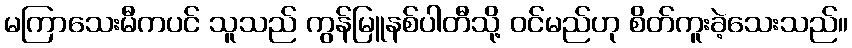
မကြာသေးမီကပင် သူသည် ကွန်မြူနစ်ပါတီသို့ ဝင်မည်ဟု စိတ်ကူးခဲ့သေးသည်။